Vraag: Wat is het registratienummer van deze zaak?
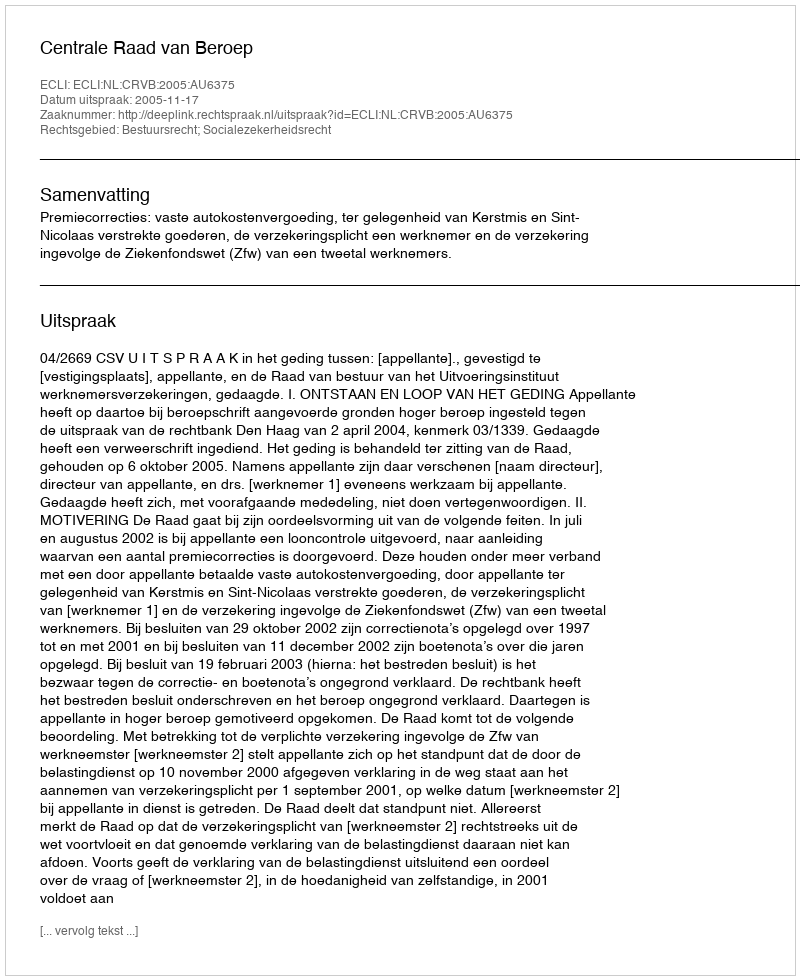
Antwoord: http://deeplink.rechtspraak.nl/uitspraak?id=ECLI:NL:CRVB:2005:AU6375